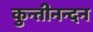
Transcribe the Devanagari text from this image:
कुन्तीनन्दन